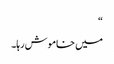
“
میں خاموش رہا۔